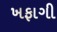
ખફાગી